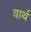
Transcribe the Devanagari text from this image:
वार्थ